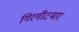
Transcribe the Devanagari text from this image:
गिरगीटमार